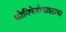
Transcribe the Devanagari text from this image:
कोनिफेरोफाइटाका